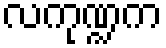
လကုဏ္ဍက